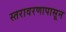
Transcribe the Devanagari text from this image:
स्तरावरणापासून